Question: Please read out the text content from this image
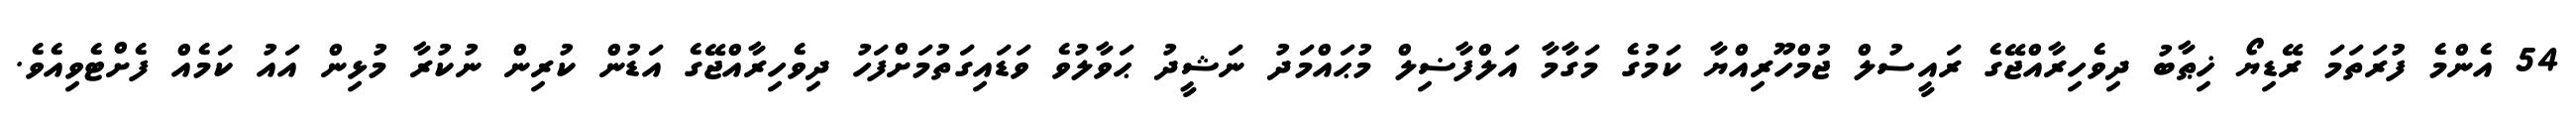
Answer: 54 އެންމެ ފުރަތަމަ ރޭޑިޔޯ ޚިޠާބު ދިވެހިރާއްޖޭގެ ރައީސުލް ޖުމްހޫރިއްޔާ ކަމުގެ މަގާމާ އަލްފާޟިލް މުޙައްމަދު ނަޝީދު ޙަވާލުވެ ވަޑައިގަތުމަށްފަހު ދިވެހިރާއްޖޭގެ އަޑުން ކުރިން ނުކުރާ މުޅިން އައު ކަމެއް ފެށްޓެވިއެވެ.